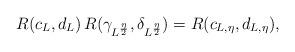
LaTeX: \begin{align*}R(c_{L},d_{L})\,R(\gamma_{L^{\frac{\eta}{2}}},\delta_{L^{\frac{\eta}{2}}})=R(c_{L,\eta},d_{L,\eta}),\end{align*}